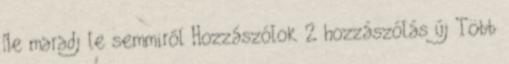
Ne maradj le semmiről Hozzászólok 2 hozzászólás új Több